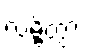
လမ္ဗိတွာ